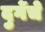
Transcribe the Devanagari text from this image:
दुर्गेचे